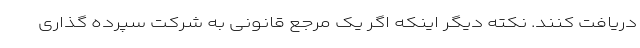
دریافت کنند. نکته دیگر اینکه اگر یک مرجع قانونی به شرکت سپرده گذاری